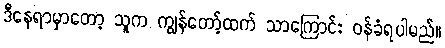
ဒီနေရာမှာတော့ သူက ကျွန်တော့်ထက် သာကြောင်း ဝန်ခံရပါမည်။